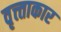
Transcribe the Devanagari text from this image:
वृत्त्ताकार